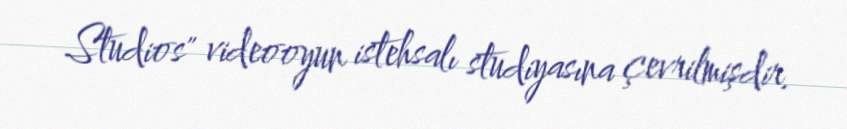
Studios" videooyun istehsalı studiyasına çevrilmişdir.